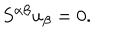
S ^ { \alpha \beta } u _ { \beta } = 0 .